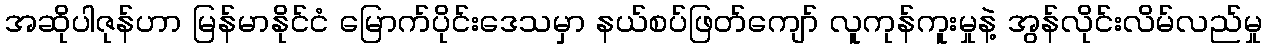
အဆိုပါဇုန်ဟာ မြန်မာနိုင်ငံ မြောက်ပိုင်းဒေသမှာ နယ်စပ်ဖြတ်ကျော် လူကုန်ကူးမှုနဲ့ အွန်လိုင်းလိမ်လည်မှု